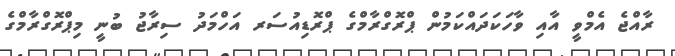
ރާއްޖެ އެމްވީ އާއި ވާހަކަދައްކަމުން ޕްރޮގްރާމްގެ ޕްރޮޑިއުސަރ އަހްމަދު ސިރާޖު ބުނީ މިޕްރޮގްރާމްގެ